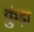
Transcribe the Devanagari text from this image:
कुंड़ा